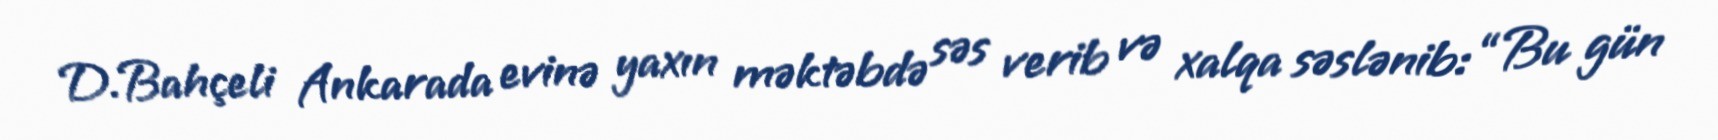
D.Bahçeli Ankarada evinə yaxın məktəbdə səs verib və xalqa səslənib: “Bu gün